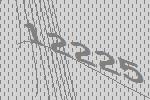
12225